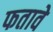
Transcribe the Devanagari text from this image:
फतावे